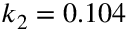
k _ { 2 } = 0 . 1 0 4